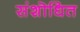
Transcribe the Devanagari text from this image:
संशॊधित